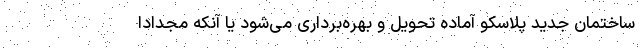
ساختمان جدید پلاسکو آماده تحویل و بهره‌برداری می‌شود یا آنکه مجدادا